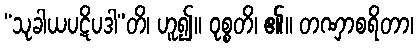
“သုခါယပဋိပဒါ”တိ၊ ဟူ၍။ ဝုစ္စတိ၊ ၏။ တဏှာစရိတာ၊